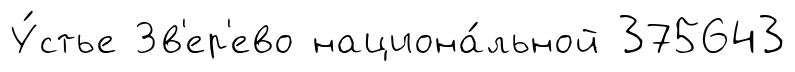
У́стье Зв'ер'ево национа́льной 375643